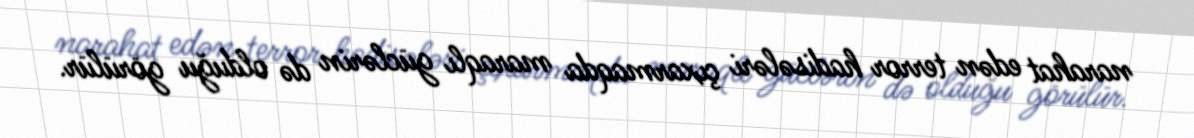
narahat edən terror hadisələri çıxarmaqda maraqlı güclərin də olduğu görülür.